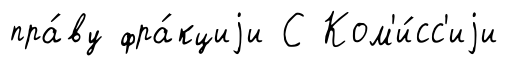
пра́ву фра́кциjи С Ком'и́сс'иjи